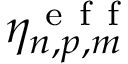
\eta _ { n , p , m } ^ { \mathrm { ~ e ~ f ~ f ~ } }